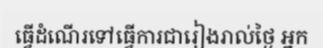
ធ្វើដំណើរទៅធ្វើការជារៀងរាល់ថ្ងៃ អ្នក